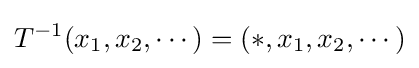
T^{-1}(x_{1},x_{2},\cdots )=(*,x_{1},x_{2},\cdots )